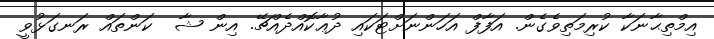
އިމްތިޙާނަކާ ކުރިމަތިވެގެން. އަފާފް އަހަންނަށްޓަކައި ދުޢާކޮއްދެއްޗޭ. އިން ޝާ  ކަންތައް ރަނގަޅުވީ